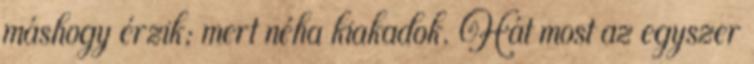
máshogy érzik; mert néha kiakadok. Hát most az egyszer